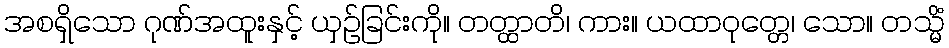
အစရှိသော ဂုဏ်အထူးနှင့် ယှဉ်ခြင်းကို။ တတ္ထာတိ၊ ကား။ ယထာဝုတ္တေ၊ သော။ တသ္မိံ